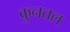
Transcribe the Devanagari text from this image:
कुनतल